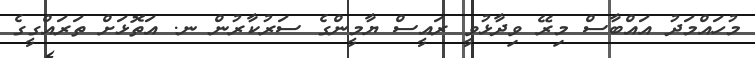
މުހައްމަދު އައްބާސް މިރޭ ވިދާޅުވީ ރައީސް ޔާމީންގެ ސަރުކާރުން ނ. އަތޮޅަށް ތަރައްގީގެ